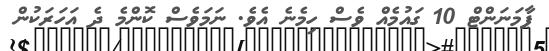
ޕާމަނަންޓް 10 ގައުމެއް ވެސް ހިމެނެ އެވެ. ނަމަވެސް ކޮންމެ ދެ އަހަރަކުން